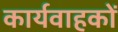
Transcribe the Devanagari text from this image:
कार्यवाहकों